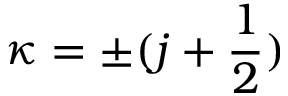
\kappa = \pm ( j + \frac { 1 } { 2 } )